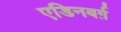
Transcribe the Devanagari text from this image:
एडिनबर्ग़